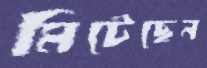
মিটেছেন